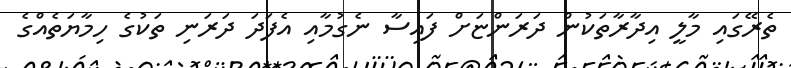
ތެރޭގައި މާލީ އިދާރާތަކުން ދަރަންޏަށް ފައިސާ ނެގުމާއި އެފަދަ ދަރަނި ތަކުގެ ހިމާޔަތެއްގެ